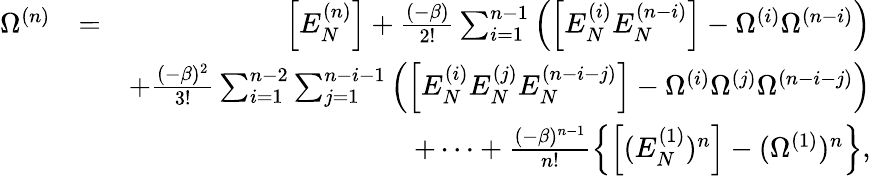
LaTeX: \begin{array}{rlr}{\Omega^{(n)}}&{=}&{\left[E_{N}^{(n)}\right]+\frac{(-\beta)}{2!}\sum_{i=1}^{n-1}\left(\left[E_{N}^{(i)}E_{N}^{(n-i)}\right]-\Omega^{(i)}\Omega^{(n-i)}\right)}\\ &{}&{+\frac{(-\beta)^{2}}{3!}\sum_{i=1}^{n-2}\sum_{j=1}^{n-i-1}\left(\left[E_{N}^{(i)}E_{N}^{(j)}E_{N}^{(n-i-j)}\right]-\Omega^{(i)}\Omega^{(j)}\Omega^{(n-i-j)}\right)}\\ &{}&{+\cdots+\frac{(-\beta)^{n-1}}{n!}\left\{ \left[(E_{N}^{(1)})^{n}\right]-(\Omega^{(1)})^{n}\right\} ,}\end{array}